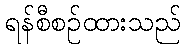
ရန်စီစဉ်ထားသည်